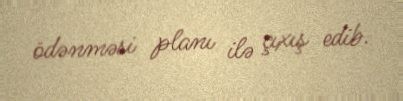
ödənməsi planı ilə çıxış edib.